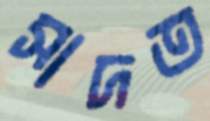
সাদত